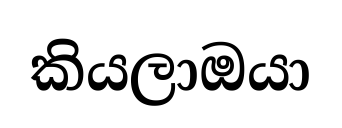
කියලාඔයා